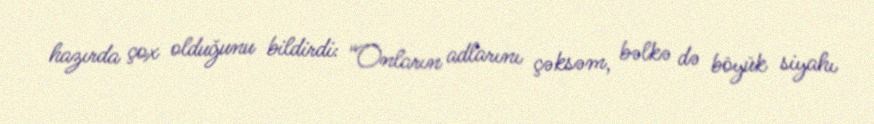
hazırda çox olduğunu bildirdi: “Onların adlarını çəksəm, bəlkə də böyük siyahı